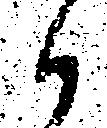
候